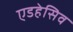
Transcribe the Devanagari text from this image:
एडहेसिव